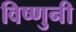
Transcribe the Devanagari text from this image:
विष्णुनी